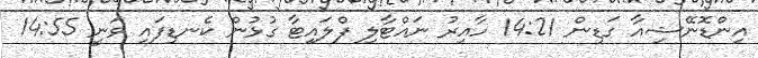
އިންޑޮނޭޝިއާ ގަޑިން 14:21 ހާއިރު ނައްޓާލި ފްލައިޓާ ގުޅުން ކެނޑިފައި ވަނީ 14:55